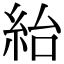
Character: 紿